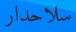
سلاحدار